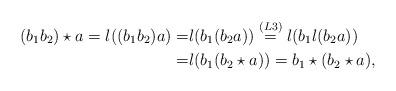
LaTeX: \begin{align*}(b_1 b_2)\star a=l((b_1 b_2)a)=&l (b_1 (b_2a))\stackrel{(L3)}=l(b_1 l(b_2a))\\=&l(b_1 (b_2 \star a))=b_1 \star (b_2 \star a),\end{align*}